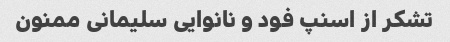
تشکر از اسنپ فود و نانوایی سلیمانی ممنون